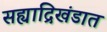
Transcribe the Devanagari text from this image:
सह्याद्रिखंडात